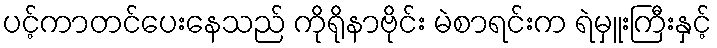
ပင့်ကာတင်ပေးနေသည် ကိုရိုနာဗိုင်း မဲစာရင်းက ရဲမှူးကြီးနှင့်